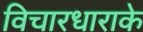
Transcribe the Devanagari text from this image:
विचारधाराके